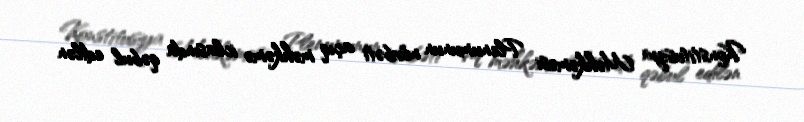
Konstitusiya Məhkəməsi Plenumunun növbəti açıq məhkəmə iclasında qəbul edilən